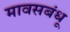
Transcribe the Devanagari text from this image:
मावसबंधू